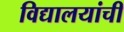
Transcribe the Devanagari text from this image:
विद्यालयांची